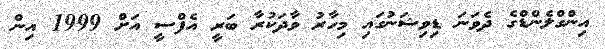
އިންގްލެންޑްގެ ދެވަނަ ޑިވިޝަނުގައި މިހާރު ވާދަކުރާ ބަރީ އެފްސީ އަށް 1999 އިން